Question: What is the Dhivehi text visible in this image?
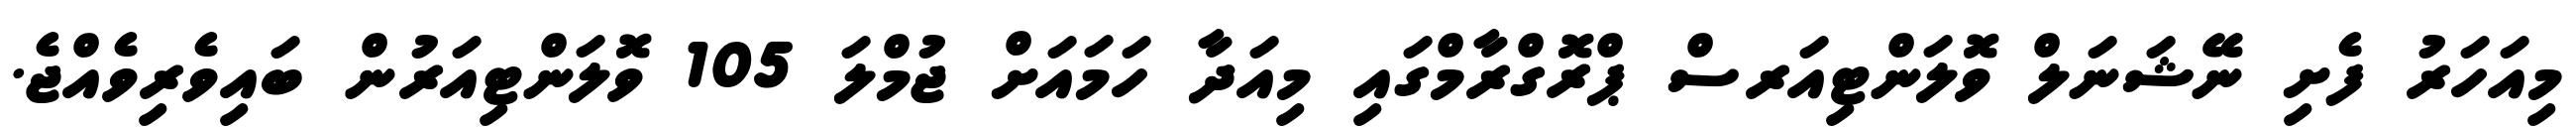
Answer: މިއަހަރު ފެށި ނޭޝަނަލް ވޮލަންޓިއަރސް ޕްރޮގްރާމްގައި މިއަދާ ހަމައަށް ޖުމްލަ 105 ވޮލަންޓިއަރުން ބައިވެރިވެއްޖެ.